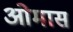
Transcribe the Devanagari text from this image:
ओमास